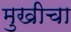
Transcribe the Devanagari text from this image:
मुखीचा